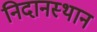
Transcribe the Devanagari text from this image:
निदानस्थान